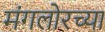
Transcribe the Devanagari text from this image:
मंगलोरच्या